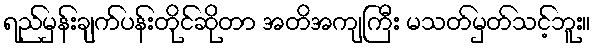
ရည်မှန်းချက်ပန်းတိုင်ဆိုတာ အတိအကျကြီး မသတ်မှတ်သင့်ဘူး။